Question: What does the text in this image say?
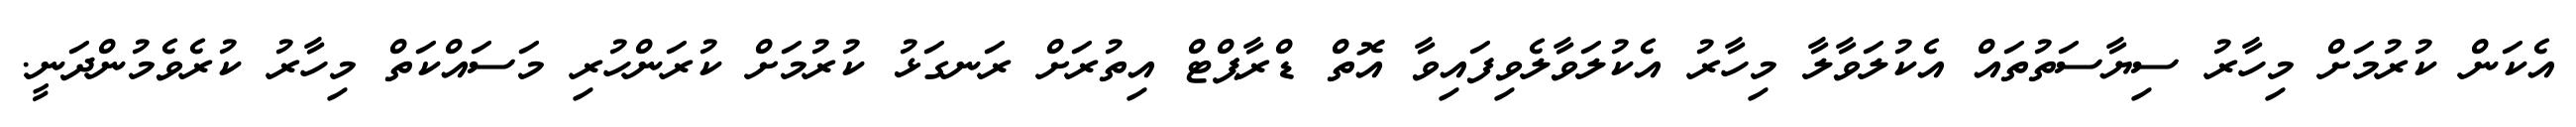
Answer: އެކަން ކުރުމަށް މިހާރު ސިޔާސަތުތައް އެކުލަވާލާ މިހާރު އެކުލަވާލެވިފައިވާ އޮތް ޑްރާޕްޓް އިތުރަށް ރަނގަޅު ކުރުމަށް ކުރަންހުރި މަސައްކަތް މިހާރު ކުރެވެމުންދަނީ.